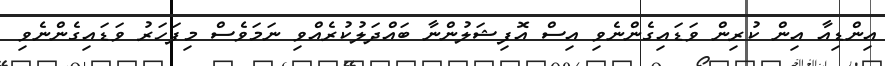
އިންޑިއާ އިން ކުރިން ވަޑައިގެންނެވި އިސް އޮފިޝަލުންނާ ބައްދަލުކުރެއްވި ނަމަވެސް މިފަހަރު ވަޑައިގެންނެވި